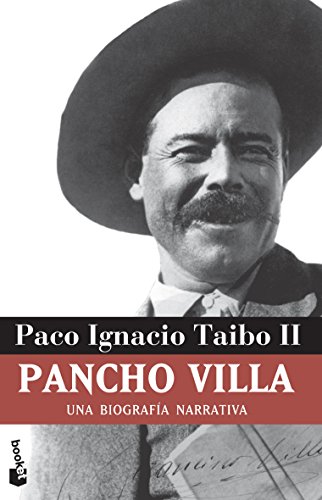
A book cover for Pancho Villa (Spanish Edition); Paco Ignacio Taibo II; Biographies & Memoirs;